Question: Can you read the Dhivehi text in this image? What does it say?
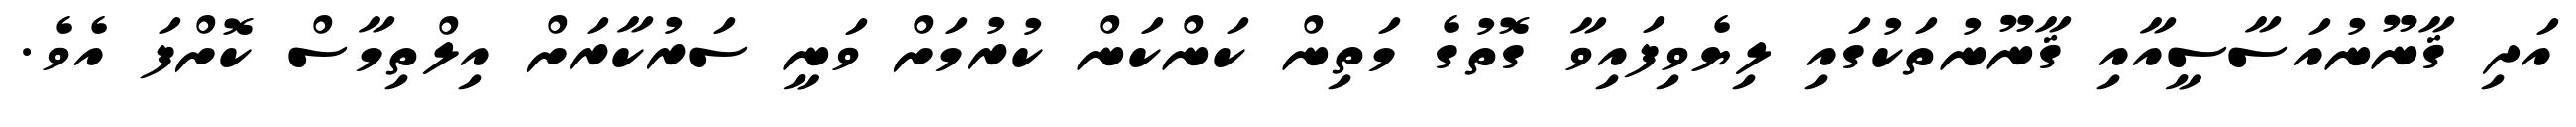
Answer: އަދި ޤާނޫނުއަސާސީއާއި ޤާނޫނުތަކުގައި ލިޔެވިފައިވާ ގޮތުގެ މަތިން ކަންކަން ކުރުމަށް ވަނީ ސަރުކާރަށް އިލްތިމާސް ކޮށްފަ އެވެ.